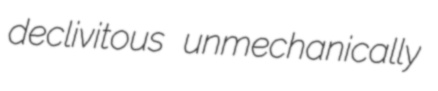
declivitous unmechanically